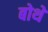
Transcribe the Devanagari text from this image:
बोथे